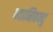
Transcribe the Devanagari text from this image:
ध्यानिबन्दु